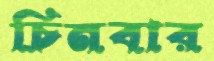
চিনবার